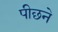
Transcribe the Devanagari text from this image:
पीछने